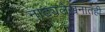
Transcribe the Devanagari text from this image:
नाट्यलेखनातही